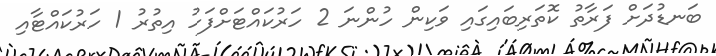
ބަނޑުދަށް ފަރާތު ކޮތަރިބައިގައި ވަކިން ހުންނަ 2 ހަރުކައްޓަށްފަހު އިތުރު 1 ހަރުކައްޓާއި